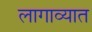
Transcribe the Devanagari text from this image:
लागाव्यात